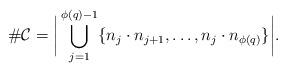
LaTeX: \begin{align*}\# \mathcal{C} =\bigg|\bigcup \limits_{j=1}^{\phi(q)-1}\{n_j\cdot n_{j+1},\ldots, n_{j}\cdot n_{\phi(q)}\}\bigg|.\end{align*}